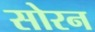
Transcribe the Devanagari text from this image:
सोरन